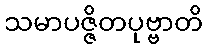
သမာပဇ္ဇိတပုဗ္ဗာတိ